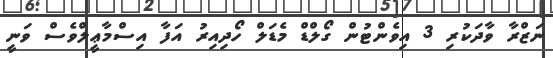
ނަޒްރާ ވާދަކުރި 3 އިވެންޓުން ގޯލްޑް މެޑަލް ހޯދިއިރު އަފާ އިސްމާޢީލްވެސް ވަނީ